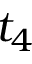
t _ { 4 }